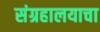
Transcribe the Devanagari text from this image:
संग्रहालयाचा